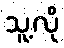
သူ့လို